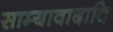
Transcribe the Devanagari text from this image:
साम्यावादादि